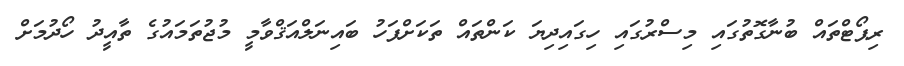
ރިޕޯޓްތައް ބުނާގޮތުގައި މިސްރުގައި ހިގައިދިޔަ ކަންތައް ތަކަށްފަހު ބައިނަލްއަޤްވާމީ މުޖުތަމައުގެ ތާއީދު ހޯދުމަށް